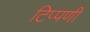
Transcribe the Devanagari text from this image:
टिप्पणीं